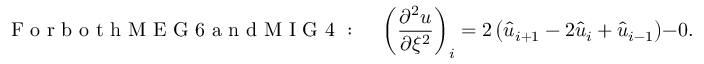
\mathrm { ~ F ~ o ~ r ~ b ~ o ~ t ~ h ~ M ~ E ~ G ~ 6 ~ a ~ n ~ d ~ M ~ I ~ G ~ 4 ~ : ~ } \quad \left( \frac { \partial ^ { 2 } u } { \partial \xi ^ { 2 } } \right) _ { i } = 2 \left( \hat { u } _ { i + 1 } - 2 \hat { u } _ { i } + \hat { u } _ { i - 1 } \right) - 0 . 5 \left( u _ { i + 1 } ^ { \prime } - u _ { i - 1 } ^ { \prime } \right)